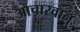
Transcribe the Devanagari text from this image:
आचारवान्